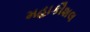
મહાકૌશલ